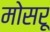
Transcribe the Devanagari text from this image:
मोसरू